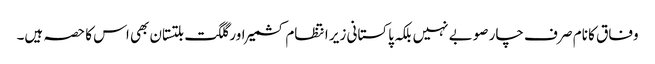
وفاق کا نام صر ف چار صوبے نہیں بلکہ پاکستانی زیر انتظام کشمیر اور گلگت بلتستان بھی اس کا حصہ ہیں۔